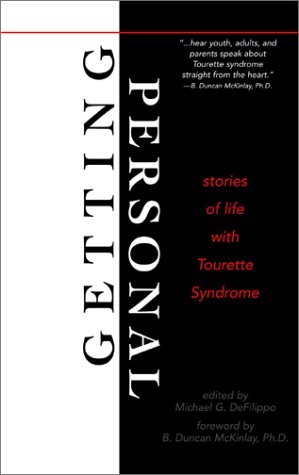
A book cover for Getting Personal: Stories of Life with Tourette Syndrome; Michael G. DeFilippo; Health, Fitness & Dieting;